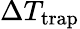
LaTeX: \Delta T_{\mathrm{trap}}